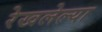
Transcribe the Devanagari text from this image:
रेखलेल्या